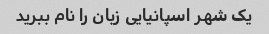
یک شهر اسپانیایی زبان را نام ببرید